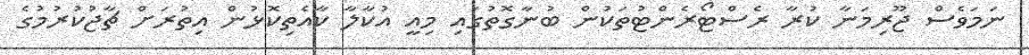
ނަމަވެސް ޖޫރިމަނާ ކުރާ ރެސްޓޯރެންޓުތަކުން ބުނާގޮތުގައި މިއީ އުކާލާ ކާއެތިކޮޅުން އިތުރަށް ޗާޖުކުރުމުގެ